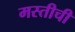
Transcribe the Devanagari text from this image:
मस्तीची